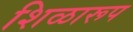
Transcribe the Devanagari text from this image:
शिळारूप